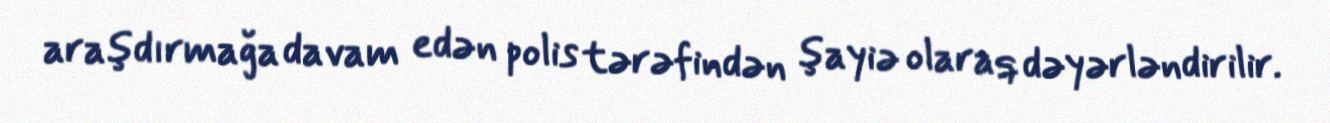
araşdırmağa davam edən polis tərəfindən şayiə olaraq dəyərləndirilir.